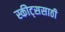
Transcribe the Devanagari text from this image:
स्कीट्ससाठी